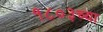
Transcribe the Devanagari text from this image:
१८०३च्या